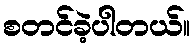
စတင်ခဲ့ပါတယ်။